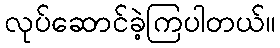
လုပ်ဆောင်ခဲ့ကြပါတယ်။